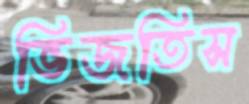
ভিজতিস